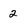
Character: 2